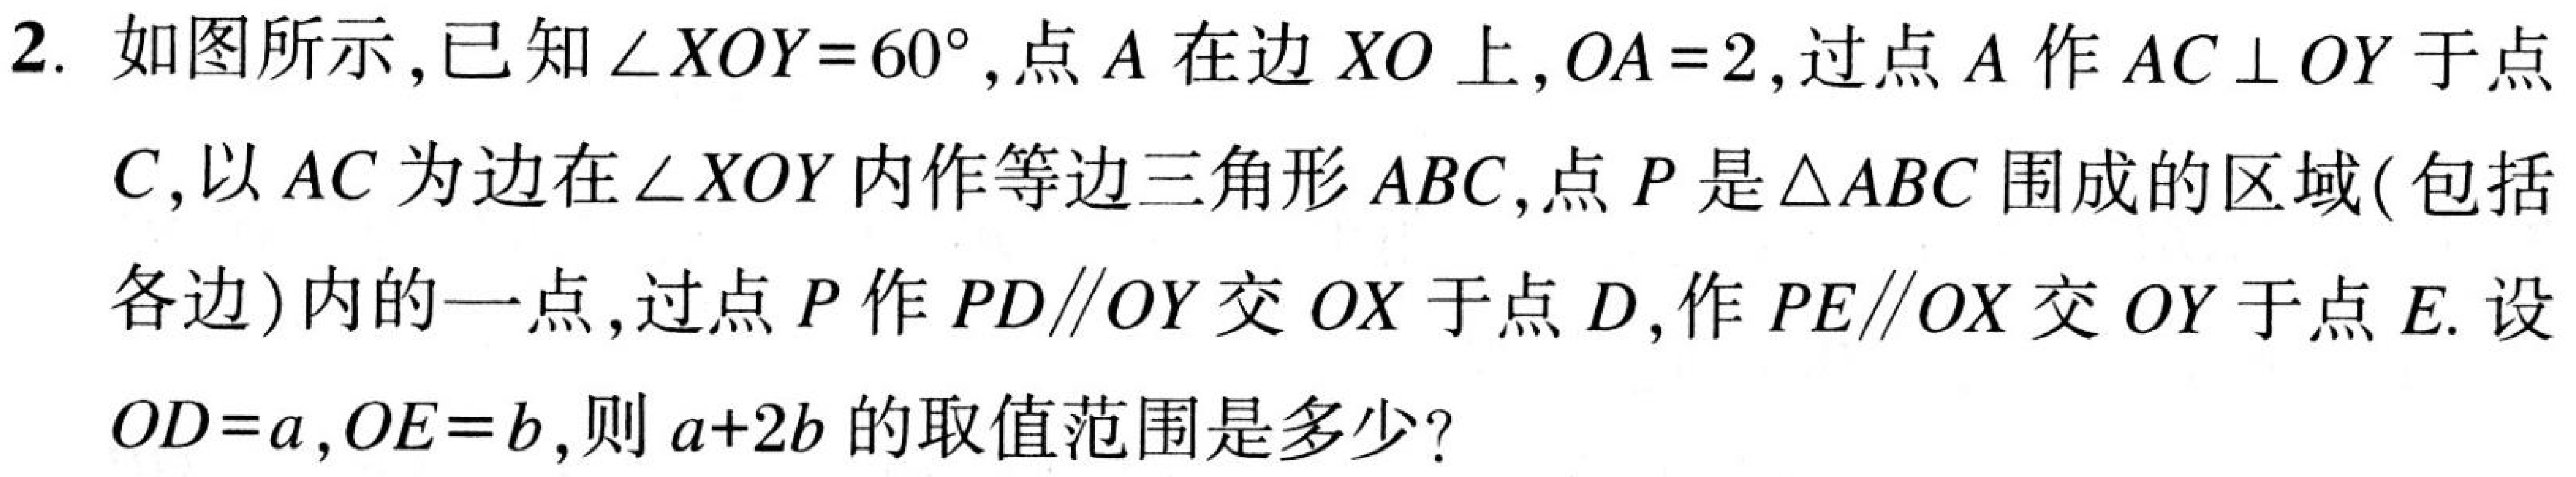
2. 如图所示，已知\(\angle XOY = 60^{\circ}\)，点\(A\)在边\(XO\)上，\(OA = 2\)，过点\(A\)作\(AC\perp OY\)于点\(C\)，以\(AC\)为边在\(\angle XOY\)内作等边三角形\(ABC\)，点\(P\)是\(\triangle ABC\)围成的区域(包括各边)内的一点，过点\(P\)作\(PD\parallel OY\)交\(OX\)于点\(D\)，作\(PE\parallel OX\)交\(OY\)于点\(E\). 设\(OD = a\)，\(OE = b\)，则\(a + 2b\)的取值范围是多少？